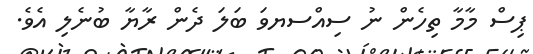
ޕިސް މާމާ ތިހެން ނު ސިއްސޔވަ ބަލަ ދެން ރާޔާ ބުނެލި އެވެ.